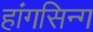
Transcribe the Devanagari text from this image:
हांगसिन्ग